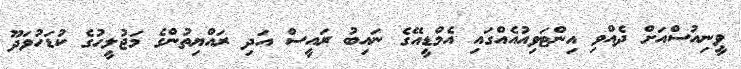
ވީނިއުސްއަށް ދެއްވި އިންޓަވިއުއެއްގައި އެމްޑީއޭގެ ނައިބު ރައީސް އަދި ރައްޔިތުންގެ މަޖުލީހުގެ ކުޑަހުވަދޫ